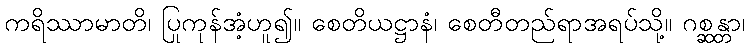
ကရိဿာမာတိ၊ ပြုကုန်အံ့ဟူ၍။ စေတိယဋ္ဌာနံ၊ စေတီတည်ရာအရပ်သို့။ ဂစ္ဆန္တာ၊